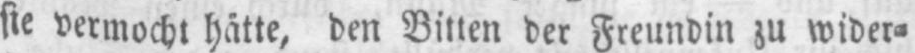
vermocht hätte, den Bitten der Freundin zu wider⸗